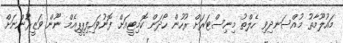
މައުލޫމާތު މުއްސަނދިވި ހެލްތު މިނިސްޓަރަށް ރުހުން ހޯދަން ކޮމިޓީއަށް ފޮނުވައިފިޕީޕީއެމް ނޫން ވަޒީރުންނަށް